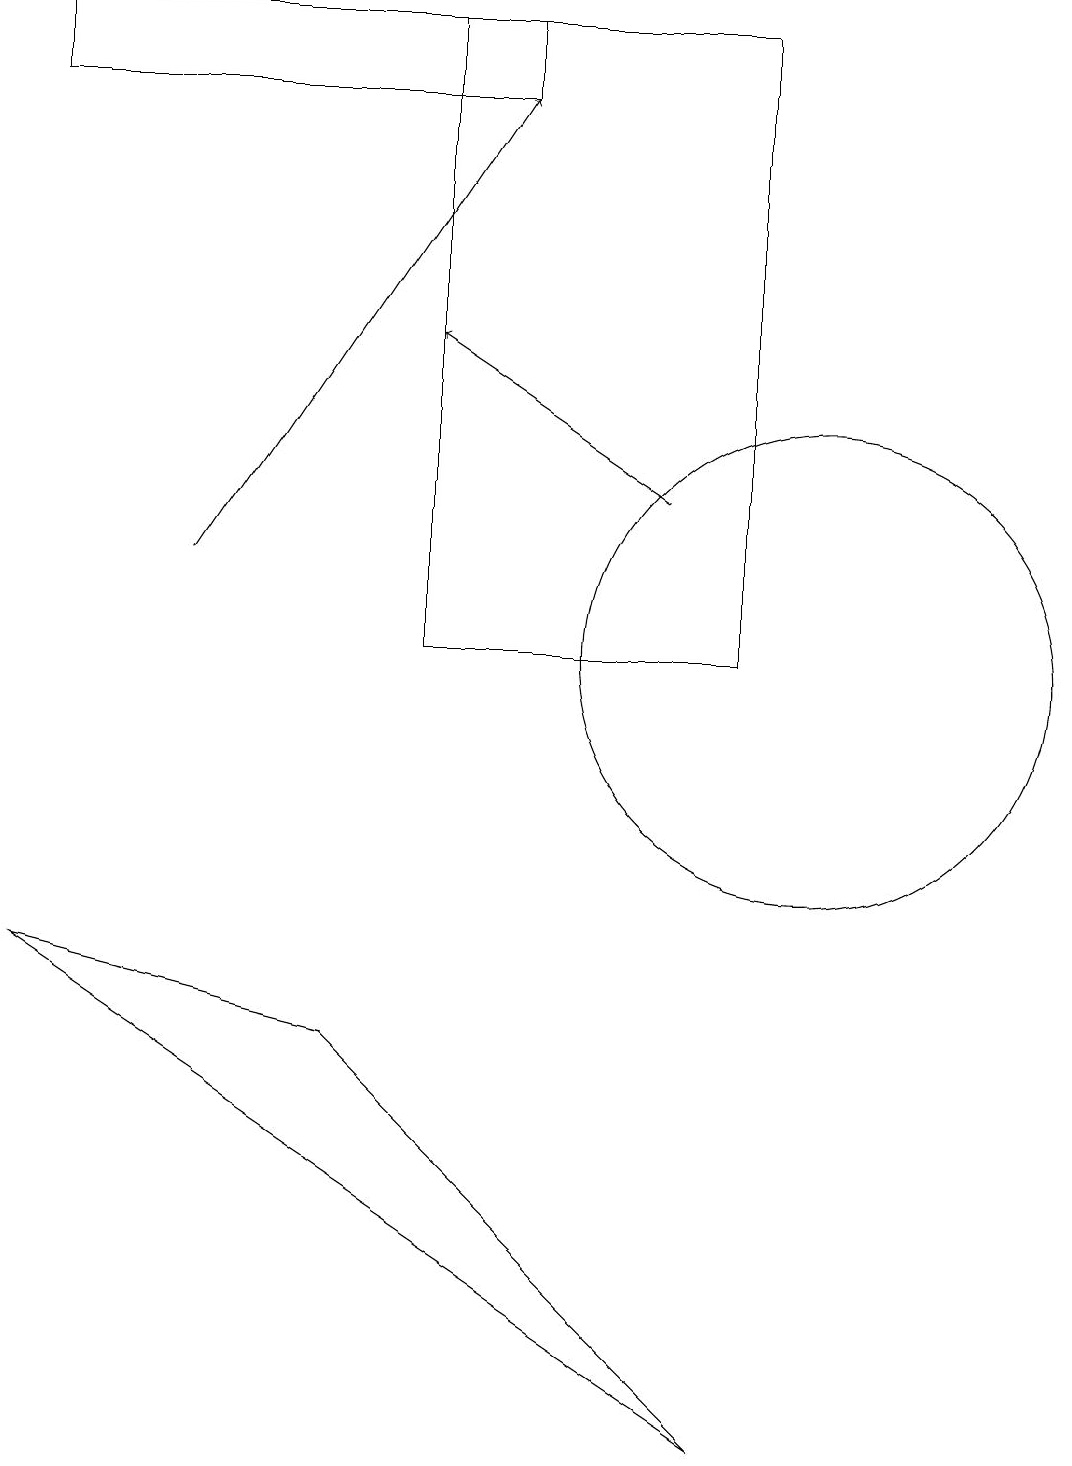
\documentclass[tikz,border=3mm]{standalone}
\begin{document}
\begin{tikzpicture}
\draw[->] (2,12) -- (6,18);
\draw (5,19) rectangle (9,11);
\draw[->] (8,13) -- (5,15);
\draw (0,19) rectangle (6,18);
\draw (10,11) circle (3);
\draw (4,6) -- (0,7) -- (9,1) -- cycle;
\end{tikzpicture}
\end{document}